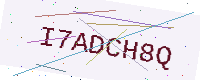
Text: I7ADCH8Q